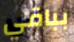
بباقي